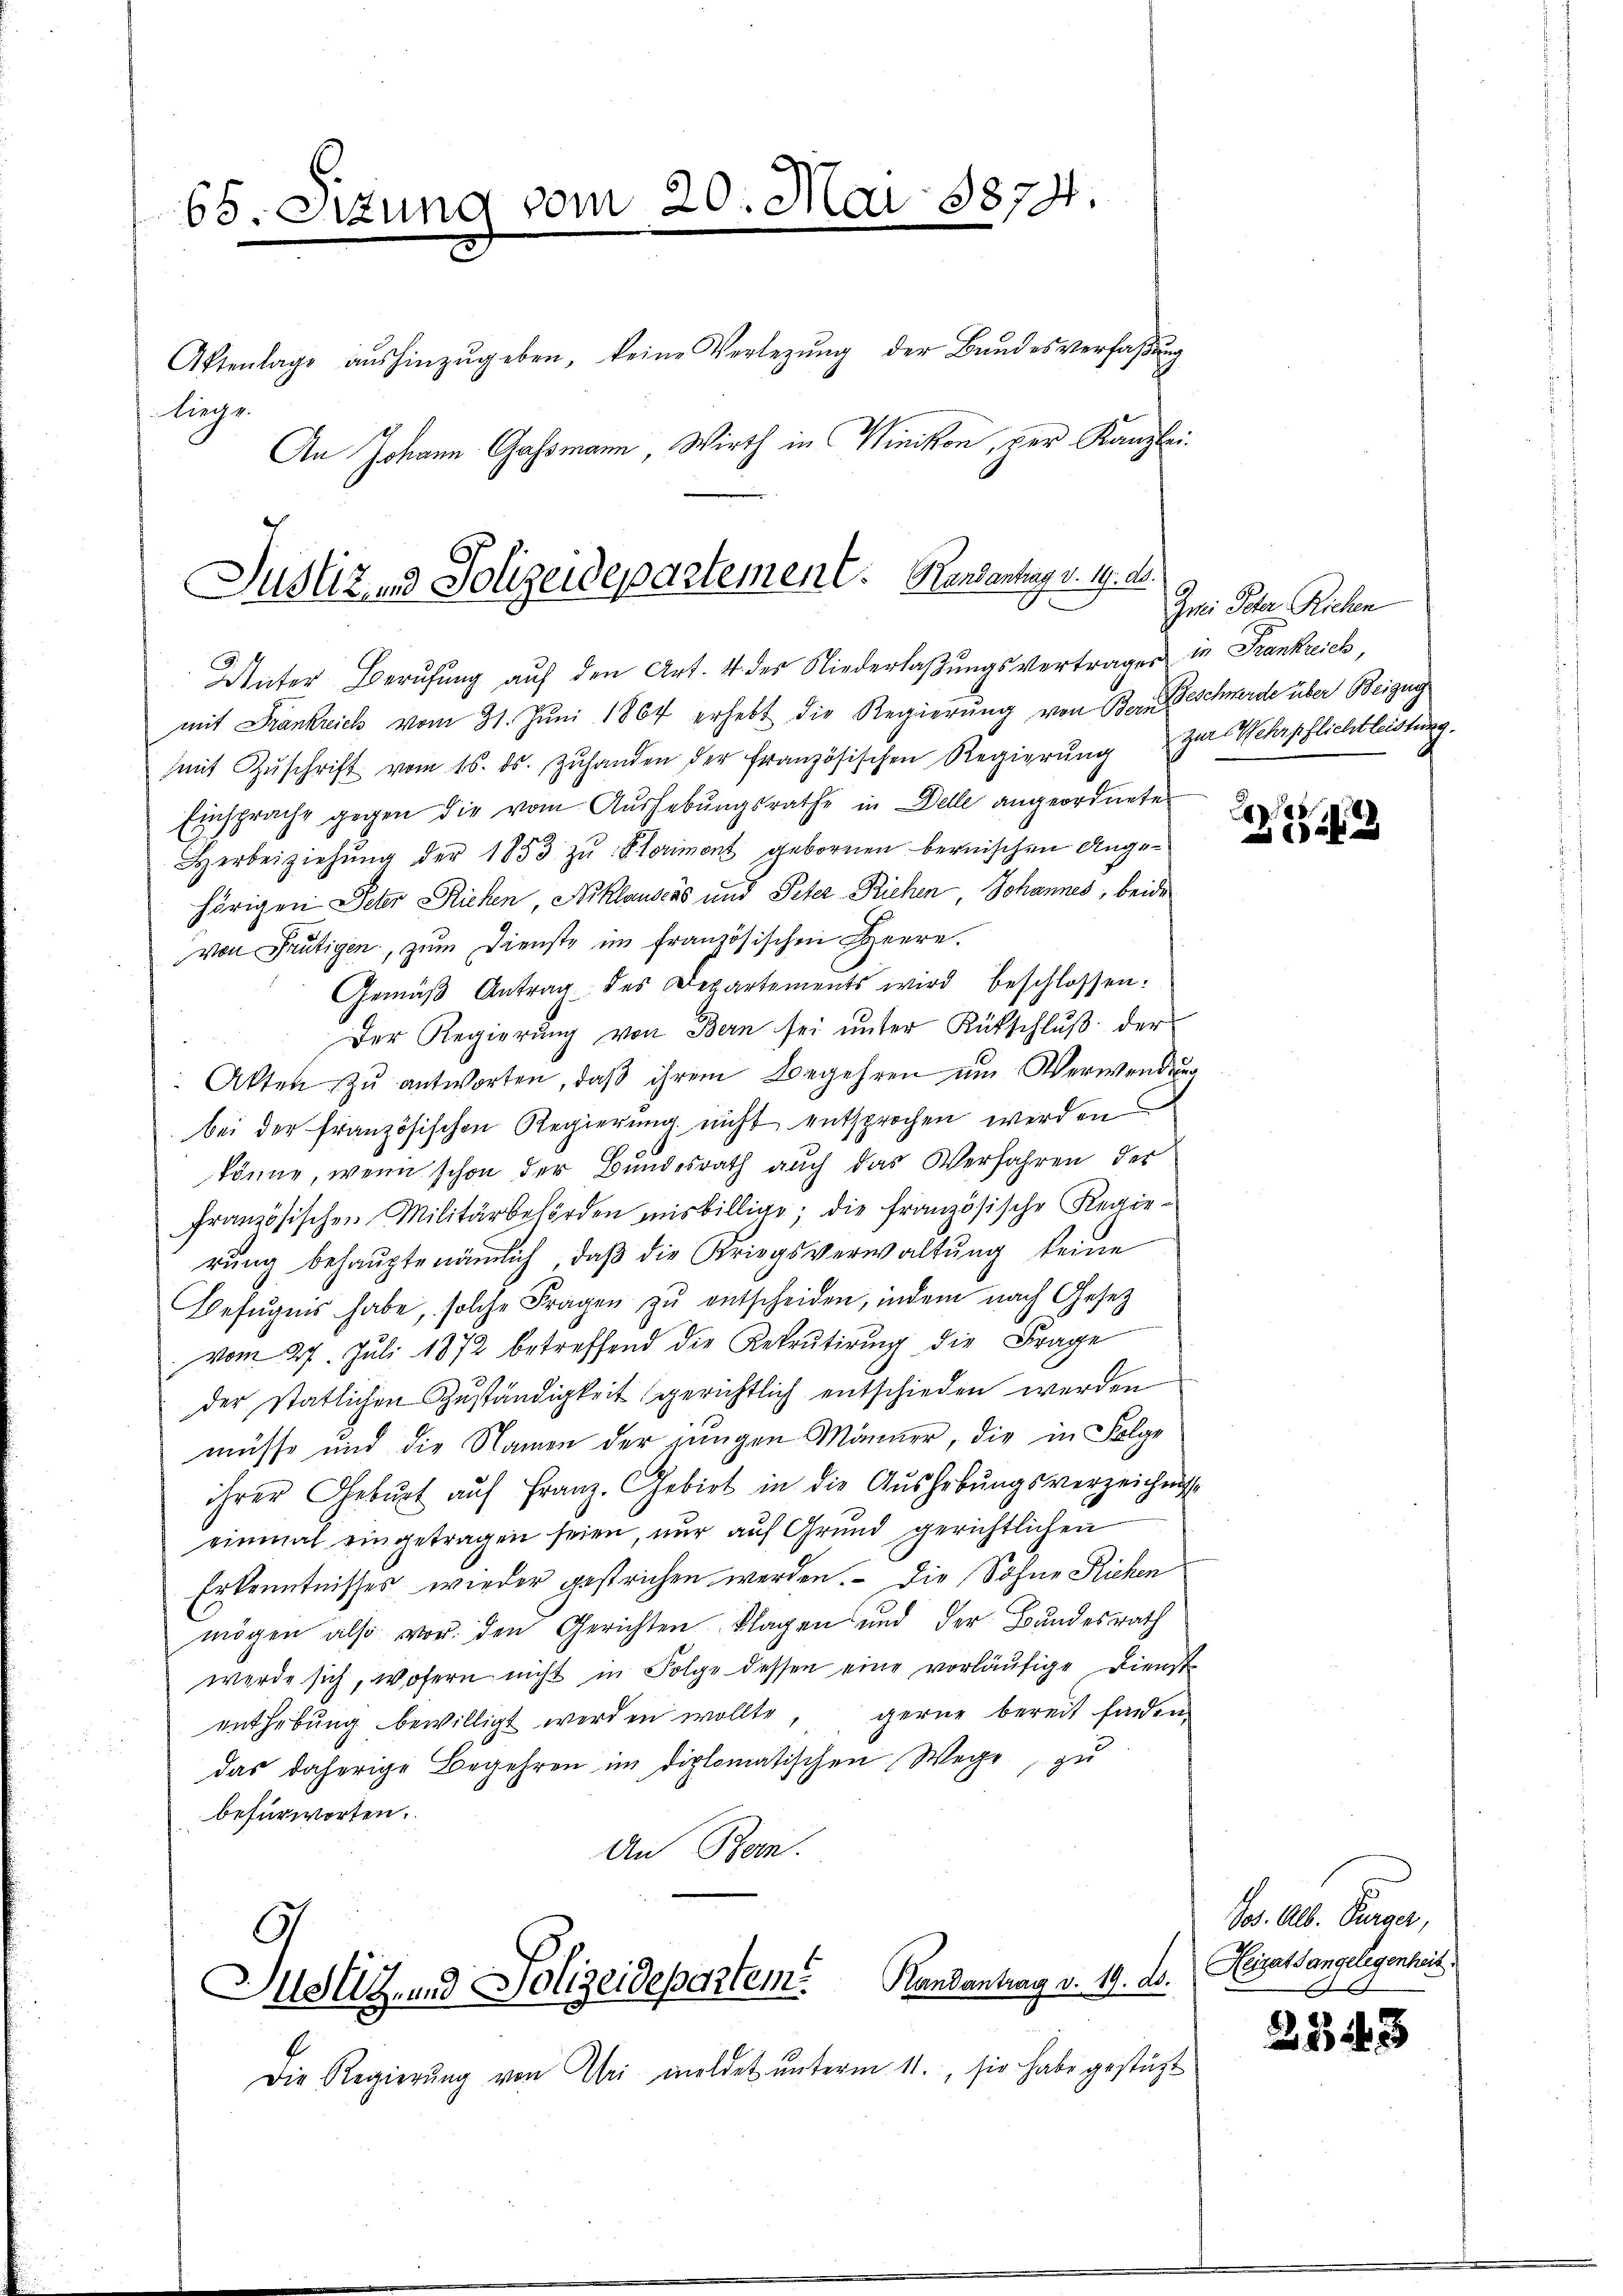
65. Sitzung vom 20. Mai 1874.
5
Aktenlage aŭshinzŭgeben, keine Verlegŭng der Bŭndesverfaβŭng

Liege.
An Johann Gassmann Wirth in Winikon, per Kanzlei

mit Frankreich vom 31. Jŭni 1864 erhebt die Regierŭng von Bern Beschwerde über Beizug
mit Zŭschrift vom 16. ds. Zŭhanden der französischen Regierŭng zur Wehrpflichtleistung,
Einspracht gegen die vom Aushebungsrathe in Delle angeordnete
Herbeiziehung der 1853 zu Strimont gebornen bernischen Angehörigen Peter Ricken, Niklauscás und Peter Richen Johannes, beide
von Frutigen, zum Dienste im französischen Heere.
Gemäß Antrag des Departements wird beschlossen:
Der Regierŭng von Bern sei ŭnter Rütschlŭβ der
Akten zŭ antworten, daβ ihrem Begehren um Verwendung
bei der französischen Regierung nicht entsprochen werden
könne, wenn schon der Bundesrath auch das Verfahren der
französischen Militärbehörden misbillige; die französische Regie-
rung behaupte nämlich, daß die Kriegsverwaltung keine
Befugnis habe, solche Fragen zŭ entscheiden, indem nach Gesetz
vom 27. Juli 1872 betreffend die Rekrutirung die Frage
der statlichen Zuständigkeit gerichtlich entschieden werden
müsse und die Namen der jungen Männer, die in Folge
ihrer Geburt auf Franz. Gebiet in die Aushebungsverzeichnisse
einmal eingetragen seien, nur auf Grund gerichtlichen
Erkenntnisses wieder gestrichen werden. - Die Söhne Richen
mögen also von den Gerichten Klagen und der Bundesrath
werde sich, wofern nicht in Folge dessen eine vorläufige Dienst
enthebung bewilligt werden wollte, gerne bereit finden
das daherige Begehren im diplomatischen Wege, zu
befürworten.
An Bern.
Justiz- und Polizeidepartem Randantrag v. 19. Dr. Gesellangelegenheit.
Die Regierung von Uri meldet unterm 11., sie habe gestützt

Unter Berufung auf den Art. 4 des Niederlaßungsvertragen in Frankreich,

Justiz und Polizeidepartement. Konsentag v. 19. d.

Imi Peter Richen

Lap. 188
0 x

Jos. Alb. Bürger,

2543